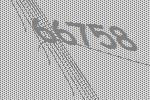
66758